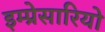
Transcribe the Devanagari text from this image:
इम्प्रेसारियो